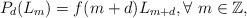
LaTeX: \begin{align*} P_{d}(L_{m})=f(m+d)L_{m+d},\forall\ m\in\mathbb{Z},\end{align*}